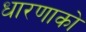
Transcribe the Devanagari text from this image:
धारणाको